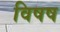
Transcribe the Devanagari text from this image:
विषष